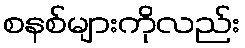
စနစ်များကိုလည်း